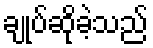
ချုပ်ဆိုခဲ့သည်